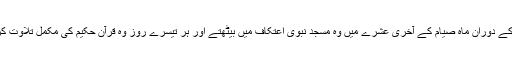
عمر ہ کے دوران ماہ صیام کے آخری عشرے میں وہ مسجد نبوی اعتکاف میں بیٹھتے اور ہر تیسرے روز وہ قرآن حکیم کی مکمل تلاوت کر لیتے۔